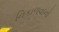
નિકાળવાનો